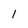
Character: l